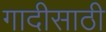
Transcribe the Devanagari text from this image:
गादीसाठी